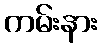
ကမ်းနား